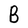
Character: B